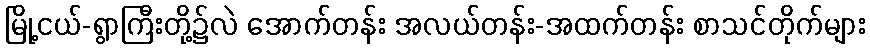
မြို့ငယ်-ရွာကြီးတို့၌လဲ အောက်တန်း အလယ်တန်း-အထက်တန်း စာသင်တိုက်များ